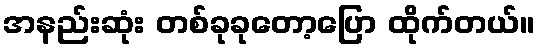
အနည်းဆုံး တစ်ခုခုတော့ပြော ထိုက်တယ်။